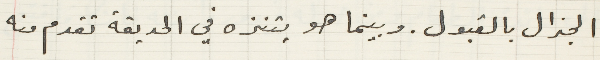
الجنرال بالقبول. وبينما هو يتنزه في الحديقة تقدم منه